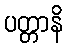
ပတ္တာနိ